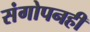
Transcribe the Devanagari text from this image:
संगोपनही